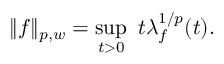
\| f \| _ { p , w } = \operatorname* { s u p } _ { t > 0 } ~ t \lambda _ { f } ^ { 1 / p } ( t ) .